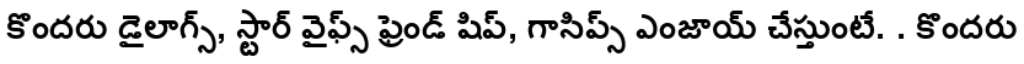
కొందరు డైలాగ్స్, స్టార్ వైఫ్స్ ఫ్రెండ్ షిప్, గాసిప్స్ ఎంజాయ్ చేస్తుంటే. . కొందరు